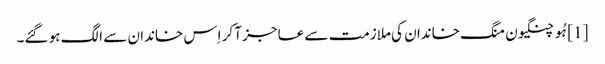
[1] ہُو چنگیون منگ خاندان کی ملازمت سے عاجز آ کر اِس خاندان سے الگ ہو گئے۔